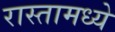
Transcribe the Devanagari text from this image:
रास्तामध्ये